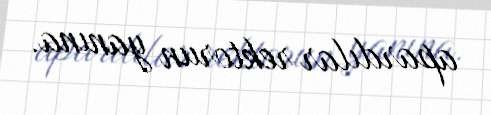
apardılar rektorun yanına.